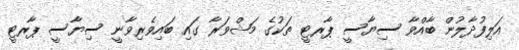
އަލިފުދާލުން ބާއްވާ ސިޔާސީ ޕާރޓީ ތަކުގެ މަޝްވަރާ ގައި ބައިވެރިވާނީ ސިޔާސީ ޕާރޓީ